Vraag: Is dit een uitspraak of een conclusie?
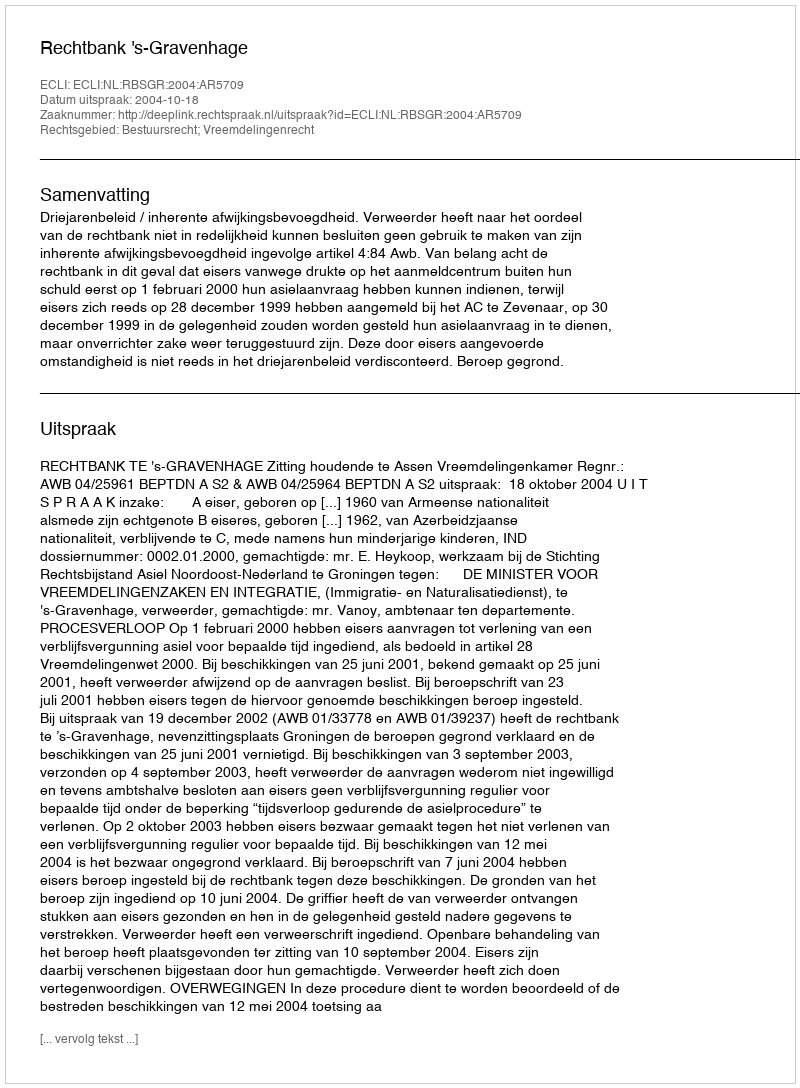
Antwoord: Uitspraak